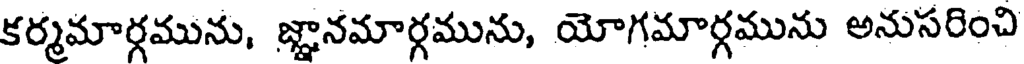
కర్మమార్గమును, జ్ఞానమార్గమును, యోగమార్గమును అనుసరించి